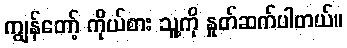
ကျွန်တော့် ကိုယ်စား သူ့ကို နှုတ်ဆက်ပါတယ်။